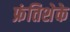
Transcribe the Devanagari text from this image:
फ्रंतिशेके